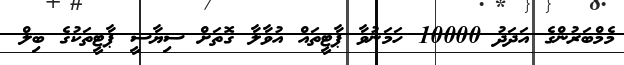
މެމްބަރުންގެ އަދަދު 10000 ހަމަނުވާ ޕާޓީތައް އުވާލާ ގޮތަށް ސިޔާސީ ޕާޓީތަކުގެ ބިލް